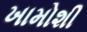
ખામોશી